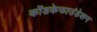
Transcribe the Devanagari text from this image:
कोंडकेफाउंडेशन